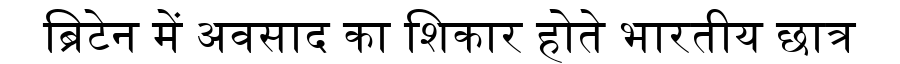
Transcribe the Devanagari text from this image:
ब्रिटेन में अवसाद का शिकार होते भारतीय छात्र